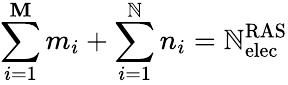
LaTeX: \sum_{i=1}^{\mathbf{M}}m_{i}+\sum_{i=1}^{\mathbb{N}}n_{i}=\mathbb{N}_{\mathrm{{elec}}}^{\mathrm{{RAS}}}